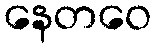
နေတဝေ